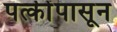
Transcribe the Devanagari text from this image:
पत्कींपासून